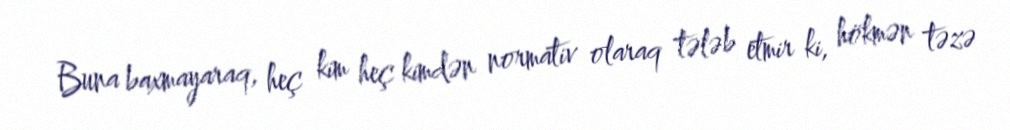
Buna baxmayaraq, heç kim heç kimdən normativ olaraq tələb etmir ki, hökmən təzə